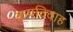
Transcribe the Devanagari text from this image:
क्रयविवाह